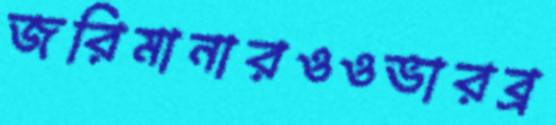
জরিমানারওওভারব্র